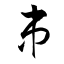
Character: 串